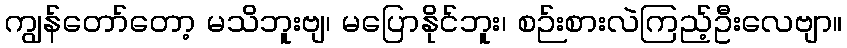
ကျွန်တော်တော့ မသိဘူးဗျ၊ မပြောနိုင်ဘူး၊ စဉ်းစားလဲကြည့်ဦးလေဗျာ။